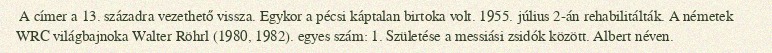
A címer a 13. századra vezethető vissza. Egykor a pécsi káptalan birtoka volt. 1955. július 2-án rehabilitálták. A németek WRC világbajnoka Walter Röhrl (1980, 1982). egyes szám: 1. Születése a messiási zsidók között. Albert néven.